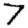
Digit: 7